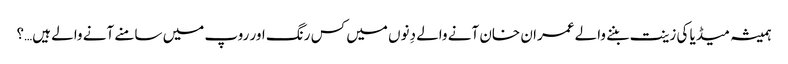
ہمیشہ میڈیا کی زینت بننے والے عمران خان آنے والے دِنوں میں کس رنگ اور روپ میں سامنے آنے والے ہیں…؟